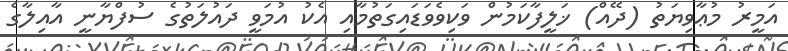
އަމީރު މުޢާވިޔަތު (ދޭއް) ޚަލީފާކަމުން ވަކިވެވަޑައިގަތުމާއި އެކު އުމަވީ ދައުލަތުގެ ސުފްޔާނީ އާއިލާގެ